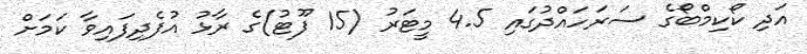
އަދި ކޯކިމްބޯގެ ސަރަހައްދުގައި 4.5 މީޓަރު (15 ފޫޓު)ގެ ރާޅު އުފެދިފައިވާ ކަމަށް